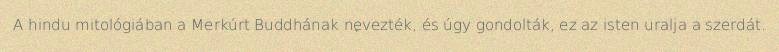
A hindu mitológiában a Merkúrt Buddhának nevezték, és úgy gondolták, ez az isten uralja a szerdát.